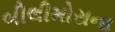
બીલીમોરાના